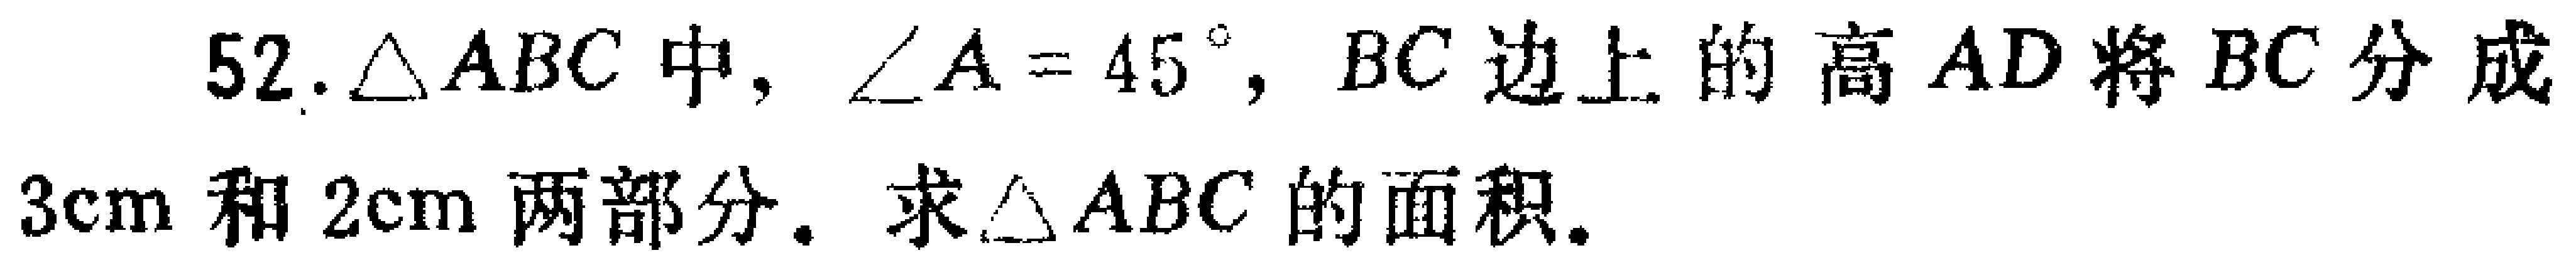
52.$\triangle ABC$中，$\angle A = 45^{\circ}$，$BC$边上的高$AD$将$BC$分成$3\mathrm{cm}$和$2\mathrm{cm}$两部分. 求$\triangle ABC$的面积.